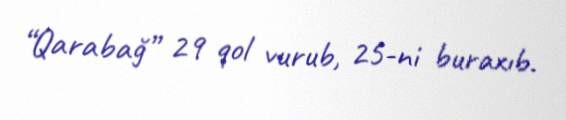
“Qarabağ” 29 qol vurub, 25-ni buraxıb.